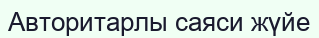
Авторитарлы саяси жүйе